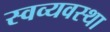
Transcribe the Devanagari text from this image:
स्वव्यवस्था